Annual statistical returns and brief notes on vaccination in Bengal - 1909-1929
Year: 1909
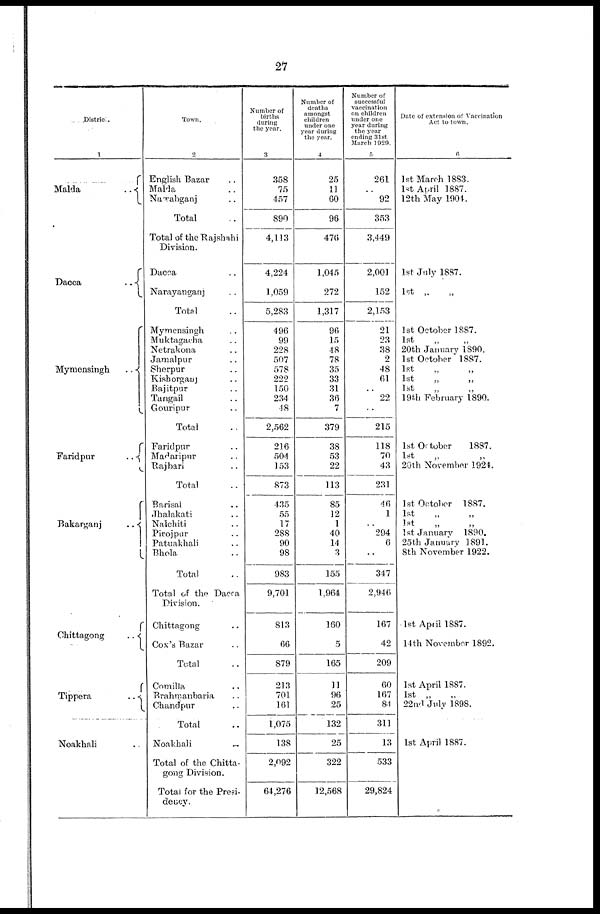
27
Distric.
1
Malda
..
Dacca
..
Mymensingh
..
Faridpur
..
Bakarganj
..
Chittagong
..
Tippera
..
Noakhali ..
Town.
2
English Bazar ..
Malda ..
Nawabganj ..
Total ..
Total of the Rajshahi
Division.
Dacca ..
Narayanganj ..
Total ..
Mymensingh ..
Muktagacha ..
Netrakona ..
Jamalpur ..
Sherpur ..
Kishorganj ..
Bajitpur ..
Tangail ..
Gouripur ..
Total ..
Faridpur ..
Madaripur ..
Rajbari ..
Total ..
Barisal ..
Jhalakati ..
Nalchiti ..
Pirojpur ..
Patuakhali ..
Bhola ..
Total ..
Total of the Dacca
Division.
Chittagong ..
Cox's Bazar ..
Total ..
Comilla ..
Brahmanbaria ..
Chandpur ..
Total ..
Noakhali
..
Total of the Chitta-
gong Division.
Total for the Presi-
dency.
Number of
births
during
the year.
3
358
75
457
890
4,113
4,224
1,059
5,283
496
99
228
507
578
222
150
234
48
2,562
216
504
153
873
435
55
17
288
90
98
983
9,701
813
66
879
213
701
161
1,075
138
2,092
64,276
Number of
deaths
amongst
children
under one
year during
the year.
4
25
11
60
96
476
1,045
272
1,317
96
15
48
78
35
33
31
36
7
379
38
53
22
113
85
12
1
40
14
3
155
1,964
160
5
165
11
96
25
132
25
322
12,568
Number of
successful
vaccination
on children
under one
year during
the year
ending 31st
March 1929.
5
261
..
92
353
3,449
2,001
152
2,153
21
23
38
2
48
61
..
22
..
215
118
70
43
231
46
1
..
294
6
..
347
2,946
167
42
209
60
167
81
311
13
533
29,824
Date of extension of Vaccination
Act to town.
6
1st March 1883.
lst April 1887.
12th May 1904.
1st July 1887.
1st „
„
1st October 1887.
1st
„
„
20th January 1890.
1st October 1887.
1st
„ „
1st „ „
1st
„
„
19th February 1890.
1st October
1887.
1st „ „
20th November 1924.
1st October 1887.
1st „ „
1st „ „
1st January 1890.
25th January 1891.
8th November 1922.
1st April 1887.
14 th November 1892.
1st April 1887.
1st „ „
22nd July 1898.
1st April 1887.